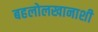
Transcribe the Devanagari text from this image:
बहलोलखानाशी